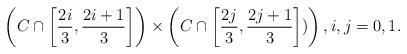
LaTeX: \begin{align*}\left(C\cap \left[\frac{2i}{3},\frac{2i+1}{3}\right]\right)\times\left(C\cap \left[\frac{2j}{3},\frac{2j+1}{3}\right])\right),i,j=0,1.\end{align*}